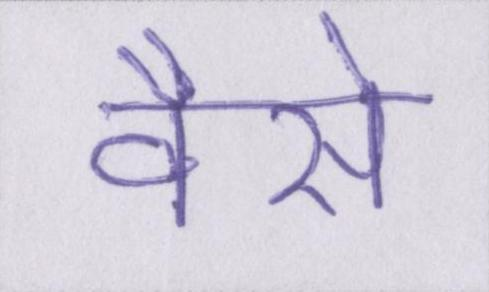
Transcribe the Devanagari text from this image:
वैसे